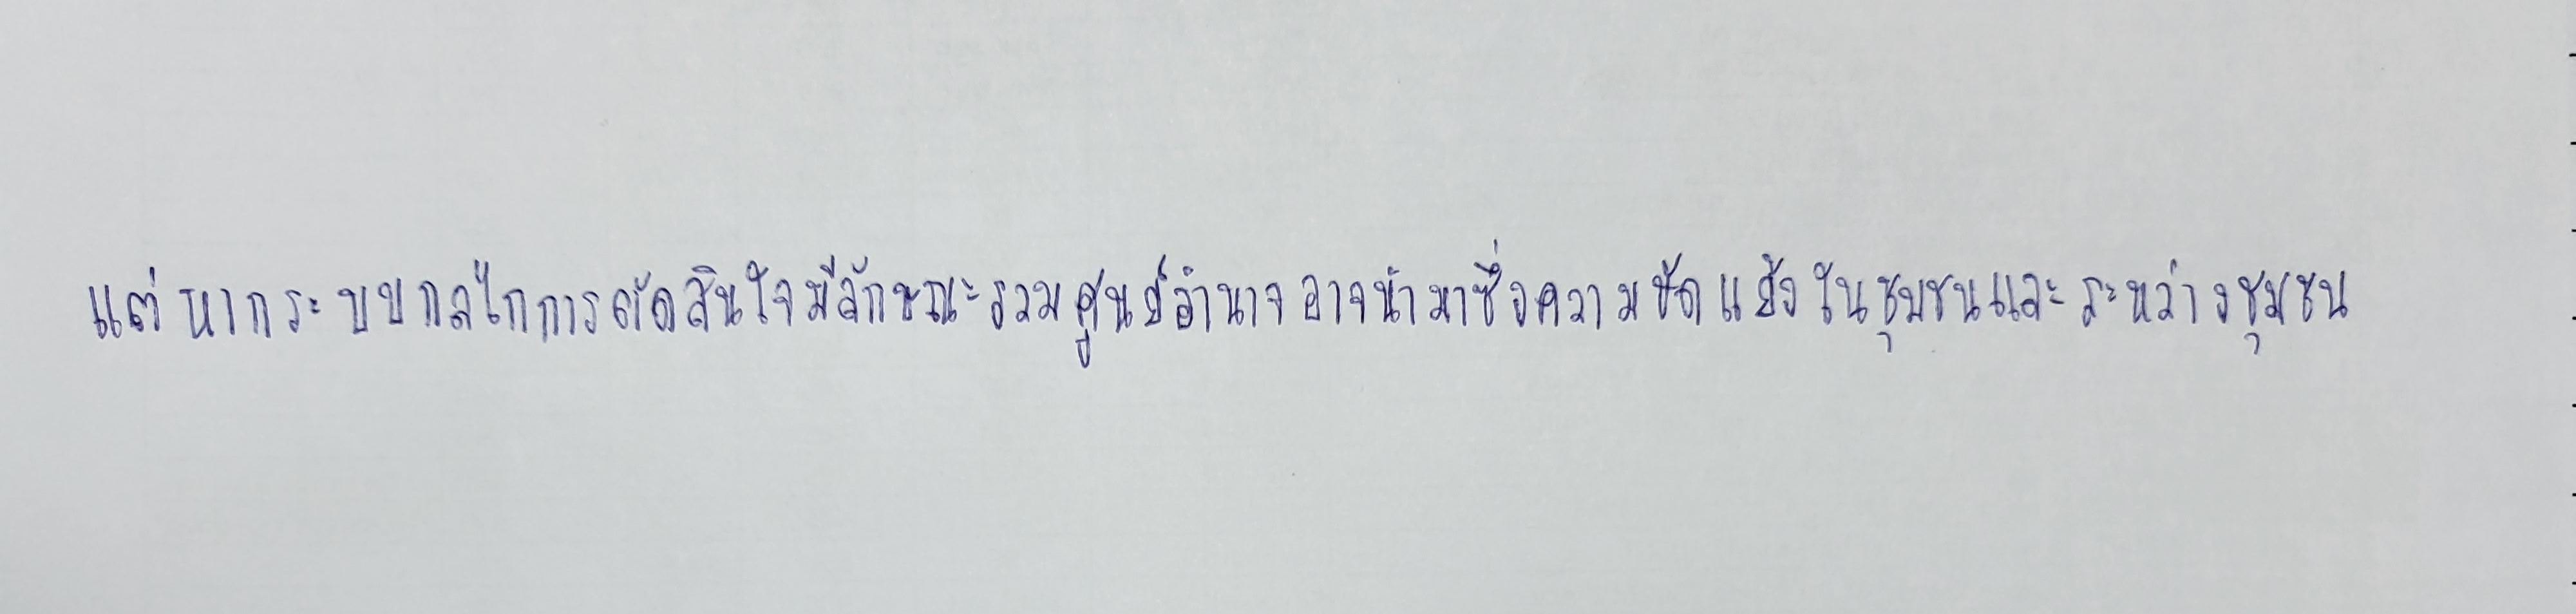
แต่หากระบบกลไกการตัดสินใจมีลักษณะรวมศูนย์อำนาจอาจนำมาซึ่งความขัดแย้งในชุมชนและระหว่างชุมชน